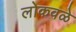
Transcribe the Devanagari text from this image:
लोकवळे